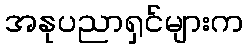
အနုပညာရှင်များက